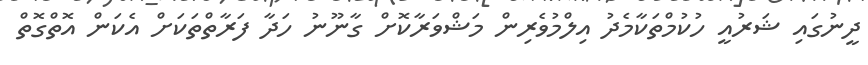
ދީނުގައި ޝަރުއީ ހުކުމްތަކާމެދު އިލްމުވެރިން މަޝްވަރާކޮށް ގާނޫނު ހަދާ ފަރާތްތަކަށް އެކަން އޮތްގޮތް